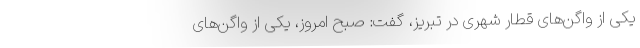
یکی از واگن‌های قطار شهری در تبریز، گفت: صبح امروز، یکی از واگن‌های